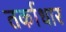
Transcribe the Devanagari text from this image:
तर्काधार